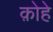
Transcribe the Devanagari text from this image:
क़ोहे